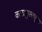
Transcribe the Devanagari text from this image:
कलाकुसरयुक्त